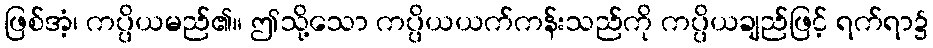
ဖြစ်အံ့၊ ကပ္ပိယမည်၏။ ဤသို့သော ကပ္ပိယယက်ကန်းသည်ကို ကပ္ပိယချည်ဖြင့် ရက်ရာ၌